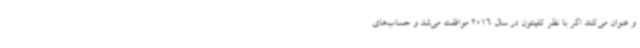
و عنوان می‌کنند اگر با نظر کلینتون در سال 2016 موافقت می‌شد و حساب‌های